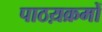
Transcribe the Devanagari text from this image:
पाठय़क्रमों